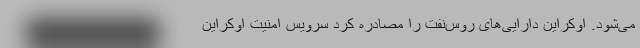
می‌شود. اوکراین دارایی‌های روس‌نِفت را مصادره کرد سرویس امنیت اوکراین